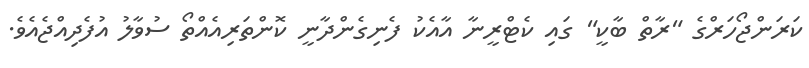
ކަރަންޖޯހަރްގެ "ރާތް ބާކީ" ގައި ކެޓްރީނާ އާއެކު ފެނިގެންދާނީ ކޮންތަރިއެއްތޯ ސުވާލު އުފެދިއްޖެއެވެ.